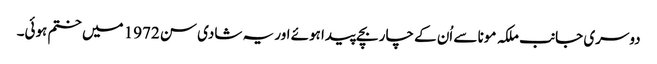
دوسری جانب ملکہ مونا سے اُن کے چار بچے پیدا ہوئے اور یہ شادی سن 1972 میں ختم ہوئی۔